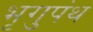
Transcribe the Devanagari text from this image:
भृगुपंथ